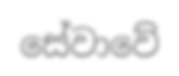
සේවාවේ